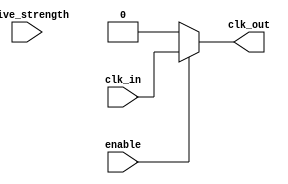
module low_power_clock_buffer (
    input wire clk_in,            // Input clock signal
    input wire enable,            // Enable signal for clock gating
    input wire [1:0] drive_strength, // Programmable drive strength
    output reg clk_out            // Buffered clock output
);

// Parameters for drive strength
parameter DRIVE_LOW = 2'b00;   // Low drive strength
parameter DRIVE_MEDIUM = 2'b01; // Medium drive strength
parameter DRIVE_HIGH = 2'b10;   // High drive strength

// Internal signal for gated clock
reg gated_clk;

// Clock gating logic
always @(*) begin
    if (enable) begin
        gated_clk = clk_in; // Pass through clock when enabled
    end else begin
        gated_clk = 1'b0;    // Gated clock is low when disabled
    end
end

// Buffering stage with programmable drive strength
always @(*) begin
    case (drive_strength)
        DRIVE_LOW: begin
            clk_out = gated_clk; // Low drive strength (direct connection)
        end
        DRIVE_MEDIUM: begin
            clk_out = gated_clk; // Medium drive strength (may include additional buffering)
            // Additional buffering logic can be added here
        end
        DRIVE_HIGH: begin
            clk_out = gated_clk; // High drive strength (more buffering)
            // Additional buffering logic can be added here
        end
        default: begin
            clk_out = gated_clk; // Default to low drive strength
        end
    endcase
end

endmodule